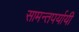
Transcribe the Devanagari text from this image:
सामन्तपर्यायी